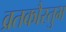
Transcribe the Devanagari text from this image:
व्रतकौस्तुभ